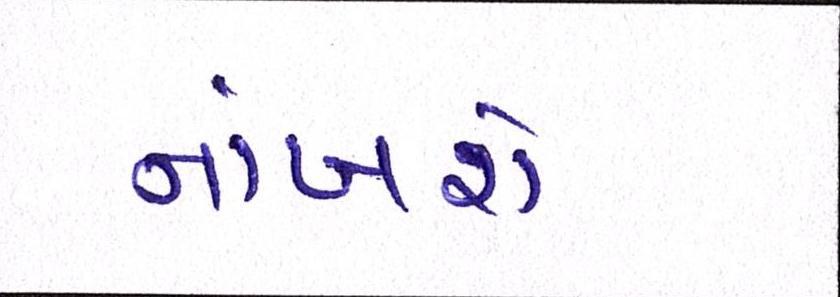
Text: નાંખશે